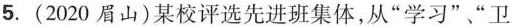
5.(2020眉山)某校评选先进班集体，从”学习””卫